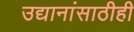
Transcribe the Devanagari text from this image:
उद्यानांसाठीही